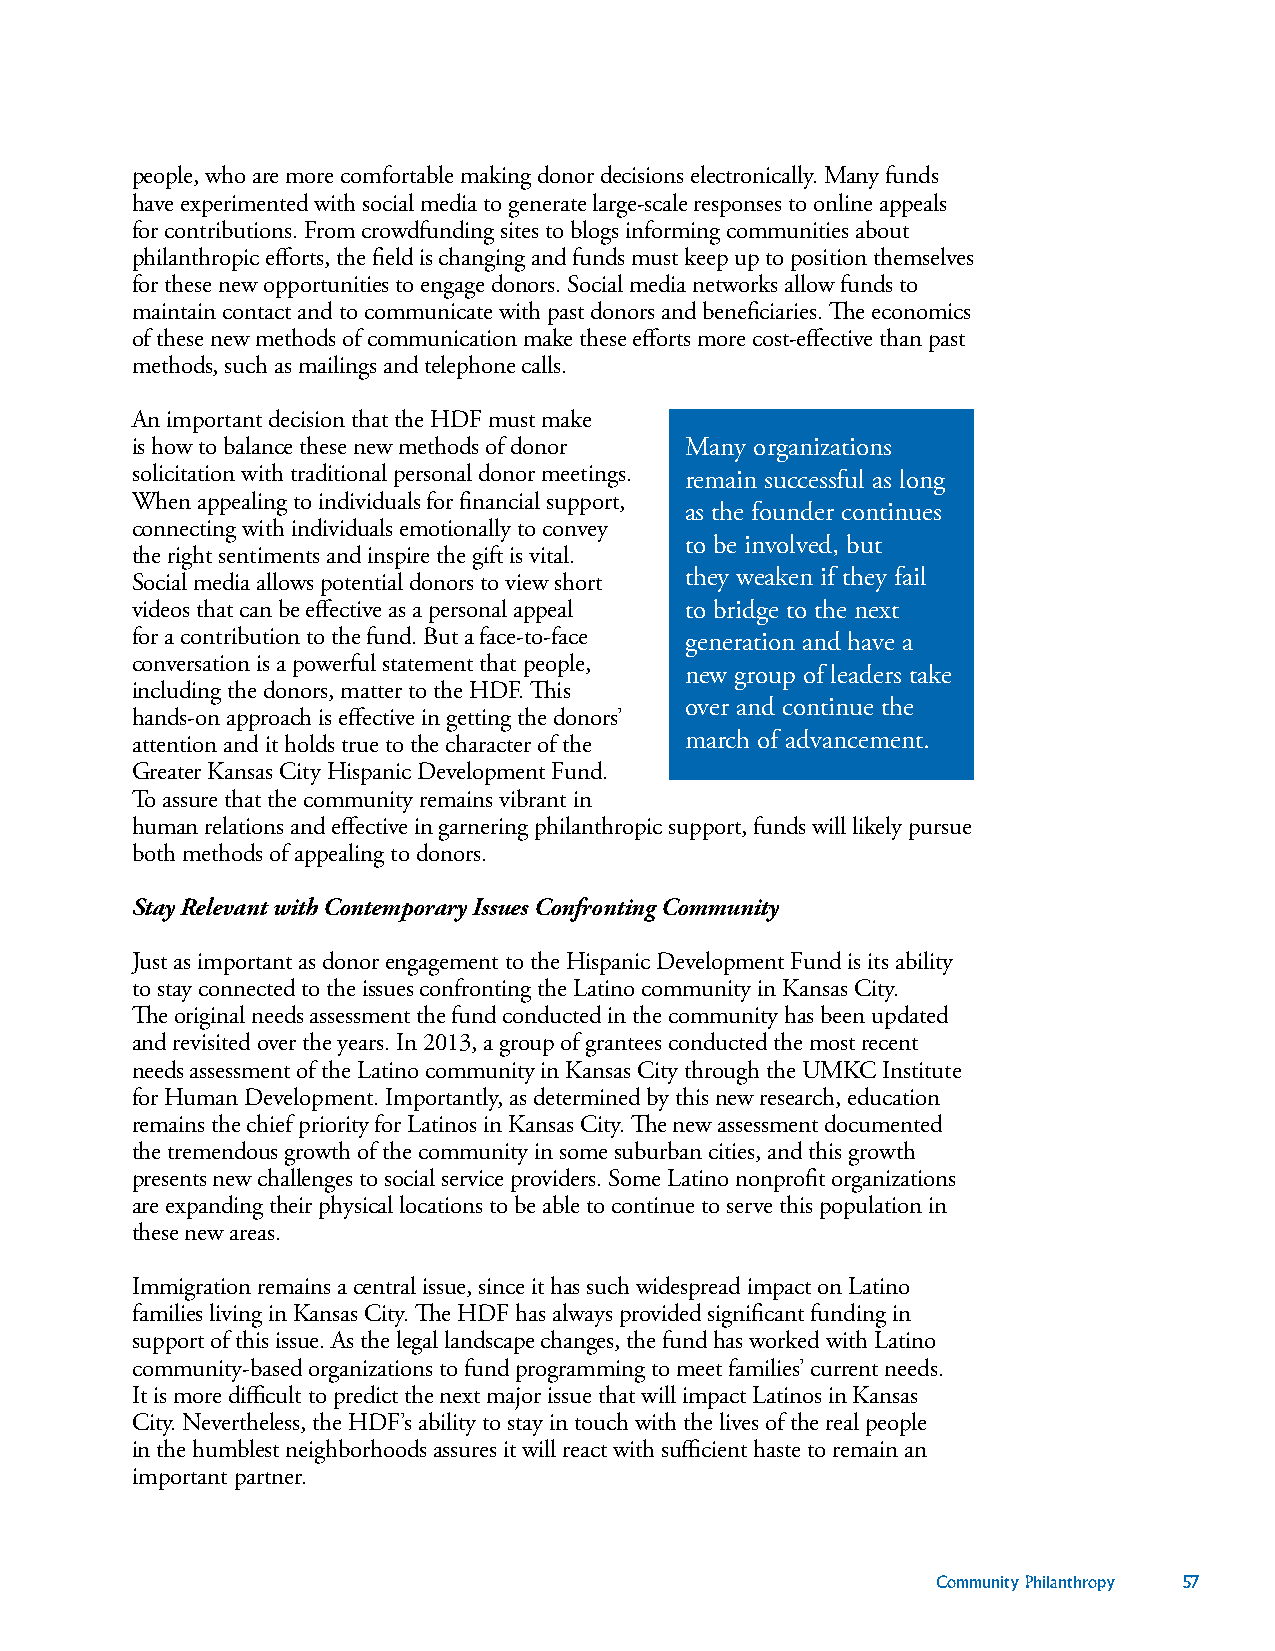
people, who are more comfortable making donor decisions electronically. Many funds
 have experimented with social media to generate large-scale responses to online appeals
 for contributions. From crowdfunding sites to blogs informing communities about
 philanthropic efforts, the field is changing and funds must keep up to position themselves
 for these new opportunities to engage donors. Social media networks allow funds to
 maintain contact and to communicate with past donors and beneficiaries. The economics
 of these new methods of communication make these efforts more cost-effective than past
 methods, such as mailings and telephone calls.
 An important decision that the HDF must make
 is how to balance these new methods of donor Many organizations
 solicitation with traditional personal donor meetings. remain successful as long
 When appealing to individuals for financial support,
 as the founder continues
 connecting with individuals emotionally to convey
 to be involved, but
 the right sentiments and inspire the gift is vital.
 Social media allows potential donors to view short they weaken if they fail
 videos that can be effective as a personal appeal to bridge to the next
 for a contribution to the fund. But a face-to-face generation and have a
 conversation is a powerful statement that people,
 new group of leaders take
 including the donors, matter to the HDF. This
 over and continue the
 hands-on approach is effective in getting the donors’
 attention and it holds true to the character of the march of advancement.
 Greater Kansas City Hispanic Development Fund.
 To assure that the community remains vibrant in
 human relations and effective in garnering philanthropic support, funds will likely pursue
 both methods of appealing to donors.
 Stay Relevant with Contemporary Issues Confronting Community
 Just as important as donor engagement to the Hispanic Development Fund is its ability
 to stay connected to the issues confronting the Latino community in Kansas City.
 The original needs assessment the fund conducted in the community has been updated
 and revisited over the years. In 2013, a group of grantees conducted the most recent
 needs assessment of the Latino community in Kansas City through the UMKC Institute
 for Human Development. Importantly, as determined by this new research, education
 remains the chief priority for Latinos in Kansas City. The new assessment documented
 the tremendous growth of the community in some suburban cities, and this growth
 presents new challenges to social service providers. Some Latino nonprofit organizations
 are expanding their physical locations to be able to continue to serve this population in
 these new areas.
 Immigration remains a central issue, since it has such widespread impact on Latino
 families living in Kansas City. The HDF has always provided significant funding in
 support of this issue. As the legal landscape changes, the fund has worked with Latino
 community-based organizations to fund programming to meet families’ current needs.
 It is more difficult to predict the next major issue that will impact Latinos in Kansas
 City. Nevertheless, the HDF’s ability to stay in touch with the lives of the real people
 in the humblest neighborhoods assures it will react with sufficient haste to remain an
 important partner.
 Community Philanthropy 57